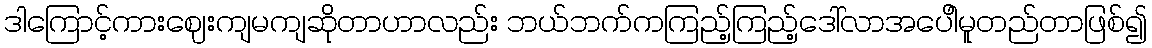
ဒါကြောင့်ကားဈေးကျမကျဆိုတာဟာလည်း ဘယ်ဘက်ကကြည့်ကြည့်ဒေါ်လာအပေါိမူတည်တာဖြစ်၍